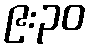
၉:၃၀